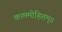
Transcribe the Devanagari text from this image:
काममोहितम्॥